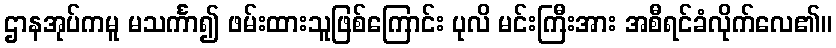
ဌာနအုပ်ကမူ မသင်္ကာ၍ ဖမ်းထားသူဖြစ်ကြောင်း ပုလိ မင်းကြီးအား အစီရင်ခံလိုက်လေ၏။